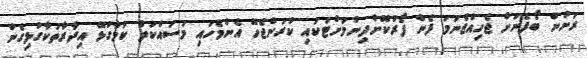
ރަށުން ބޯފެނަށް ޖެހިއްޖެނަމަ ފެން ފޯރުކޮށްދިނުމަށްޓަކައި ކުރަންޖެހޭ އެންމެހައި މަސައްކަތް ކަމާގުޅޭ އިދާރާތަކާގުޅިގެން